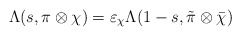
\begin{align*}\Lambda(s,\pi\otimes\chi)=\varepsilon_\chi \Lambda(1-s,\tilde{\pi}\otimes\bar{\chi})\end{align*}